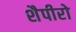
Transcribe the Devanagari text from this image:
शैपीरो